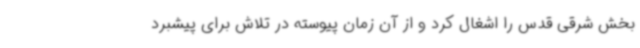
بخش شرقی قدس را اشغال کرد و از آن زمان پیوسته در تلاش برای پیشبرد